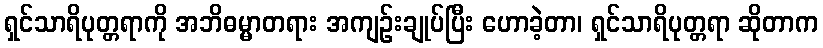
ရှင်သာရိပုတ္တရာကို အဘိဓမ္မာတရား အကျဉ်းချုပ်ပြီး ဟောခဲ့တာ၊ ရှင်သာရိပုတ္တရာ ဆိုတာက